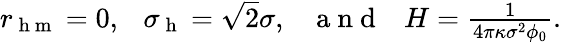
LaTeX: \begin{array}{r}{r_{\mathrm{~h~m~}}=0,\ \ \ \sigma_{\mathrm{~h~}}=\sqrt{2}\sigma,\ \ \ \mathrm{~a~n~d~}\ \ \ H=\frac{1}{4\pi\kappa\sigma^{2}\phi_{0}}.}\end{array}